Medical and sanitary report of the native army of Bengal for the year
Year: 1878
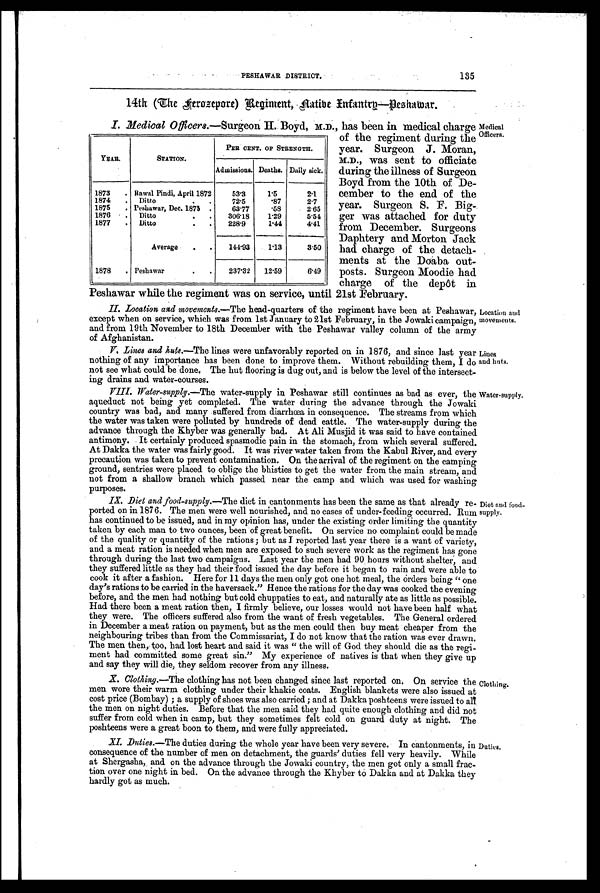
PESHAWAR DISTRICT.
135
14th (The Aerozepore) Regiment, Native Infantry—Peshawar.
I. Medical Officers. —Surgeon H. Boyd, M.D., has been in medical charge
of the regiment during the
year. Surgeon J. Moran,
M.D., was sent to officiate
during the illness of Surgeon
Boyd from the 10th of De-
cember to the end of the
year. Surgeon S. F. Big-
ger was attached for duty
from December. Surgeons
Daphtery and. Morton Jack
bad charge of the detach-
ments at the Doaba out-
posts. Surgeon Moodie had
charge of the depôt in
Peshawar while the regiment was on service, until 21st February.
YEAR.
STATION.
PER CENT. OF STRENGTH.
Admissions. Deaths. Daily sick.
1873
. Rawal Pindi, April 1872
53.3
1.5
2.1
1874
Ditto
72.5
.87
2.7
1875
. Peshawar, Dec. 1875
63.77
.58
2.65
1876
.
Ditto
.
.
306.18
1.29
5.51
1877
.
Ditto
.
.
228.9
1.44
4.41
Average
.
.
144.93
113
3.50
1878
. Peshawar
.
.
237.32
12.59
6.49
Medical
Dfficers.
II. Location and movements. —The head-quarters of the regiment have been at Peshawar
except when on service, which was from 1st January to 21st February, in the Jowaki campaign
and from 19th November to 18th December with the Peshawar valley column of the army
of Afghanistan.
V.Lines and kuts. —The lines were unfavorably reported on in 1876, and since last year
nothing of any importance has been done to improve them. Without rebuilding them, I do
not see what could be done. The hut flooring is dug out, and is below the level of the intersect-
ing drains and water-courses.
V I I I . W a t e r - s u p p l y .
— T h e
w a t e r - s u p p l y i n
P e s h a w a r s t i l l c o n t i n u e s
a s
b a d a s e v e r ,
t h e
aqueduct not being yet completed. The water during the advance through the Jowak
country was bad, and many suffered from diarrhœa in consequence. The streams from which
the water was taken were polluted by hundreds of dead cattle. The water-supply during the
advance through the Khyber was generally bad. At Ali Musjid it was said to have contained
antimony. It certainly produced spasmodic pain in the stomach, from which several suffered
At Dakka the water was fairly good. It was river water taken from the Kabul River, and ever
precaution was taken to prevent contamination. On the arrival of the regiment on the camping
ground, sentries were placed to oblige the bhisties to get the water from the main stream, am
not from a shallow branch which passed near the camp and which was used for washing
purposes.
Location and
movements.
Lines
and huts.
Water-supply.
IX. Diet and food-supply. —The diet in cantonments has been the same as that already re-
ported. on in 1876. The men were well nourished, and no cases of under-feeding occurred. Rum
has continued to be issued, and in my opinion has, under the existing order limiting the quantity
taken by each man to two ounces, been of great benefit. On service no complaint could be made
of the quality or quantity of the rations ; but as I reported last year there is a want of variety,
and a meat ration is needed when men are exposed to such severe work as the regiment has gone
through during the last two campaigns. Last year the men had 90 hours without shelter, and
they suffered little as they had their food issued the day before it began to rain and were able to
cook it after a fashion. Here for 11 days the men only got one hot meal, the orders being " one
day's rations to be carried in the haversack." Hence the rations for the day was cooked the evening
before, and the men had nothing but cold chuppaties to eat, and naturally ate as little as possible.
Had there been a meat ration then, I firmly believe, our losses would not have been half what
they were. The officers suffered also from the want of fresh vegetables. The General ordered
in December a meat ration on payment, but as the men could then buy meat cheaper from the
neighbouring tribes than from the Commissariat, I do not know that the ration was ever drawn.
The men then, too, had lost heart and said it was " the will of God they should die as the regi-
ment had committed some great sin." My experience of natives is that when they give up
and say they will die, they seldom recover from any illness.
X. Clothing.—The clothing has not been changed since last reported on. On service the
men wore their warm clothing under their khakie coats. English blankets were also issued al
cost price (Bombay) ; a supply of shoes was also carried ; and at Dakka poshteens were issued to all
the men on night duties. Before that the men said they had quite enough clothing and did not
suffer from cold when in camp, but they sometimes felt cold on guard duty at night. The
poshteens were a great boon to them, and were fully appreciated.
XI. Duties.—The duties during the whole year have been very severe. In cantonments, in
consequence of the number of men on detachment, the guards' duties fell very heavily. While
at Shergasha, and on the advance through the Jowaki country, the men got only a small frac-
tion over one night in bed. On the advance through the Khyber to Dakka and at Dakka they
hardly got as much.
Diet and food-
supply.
Clothing.
Duties.